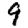
Digit: 9